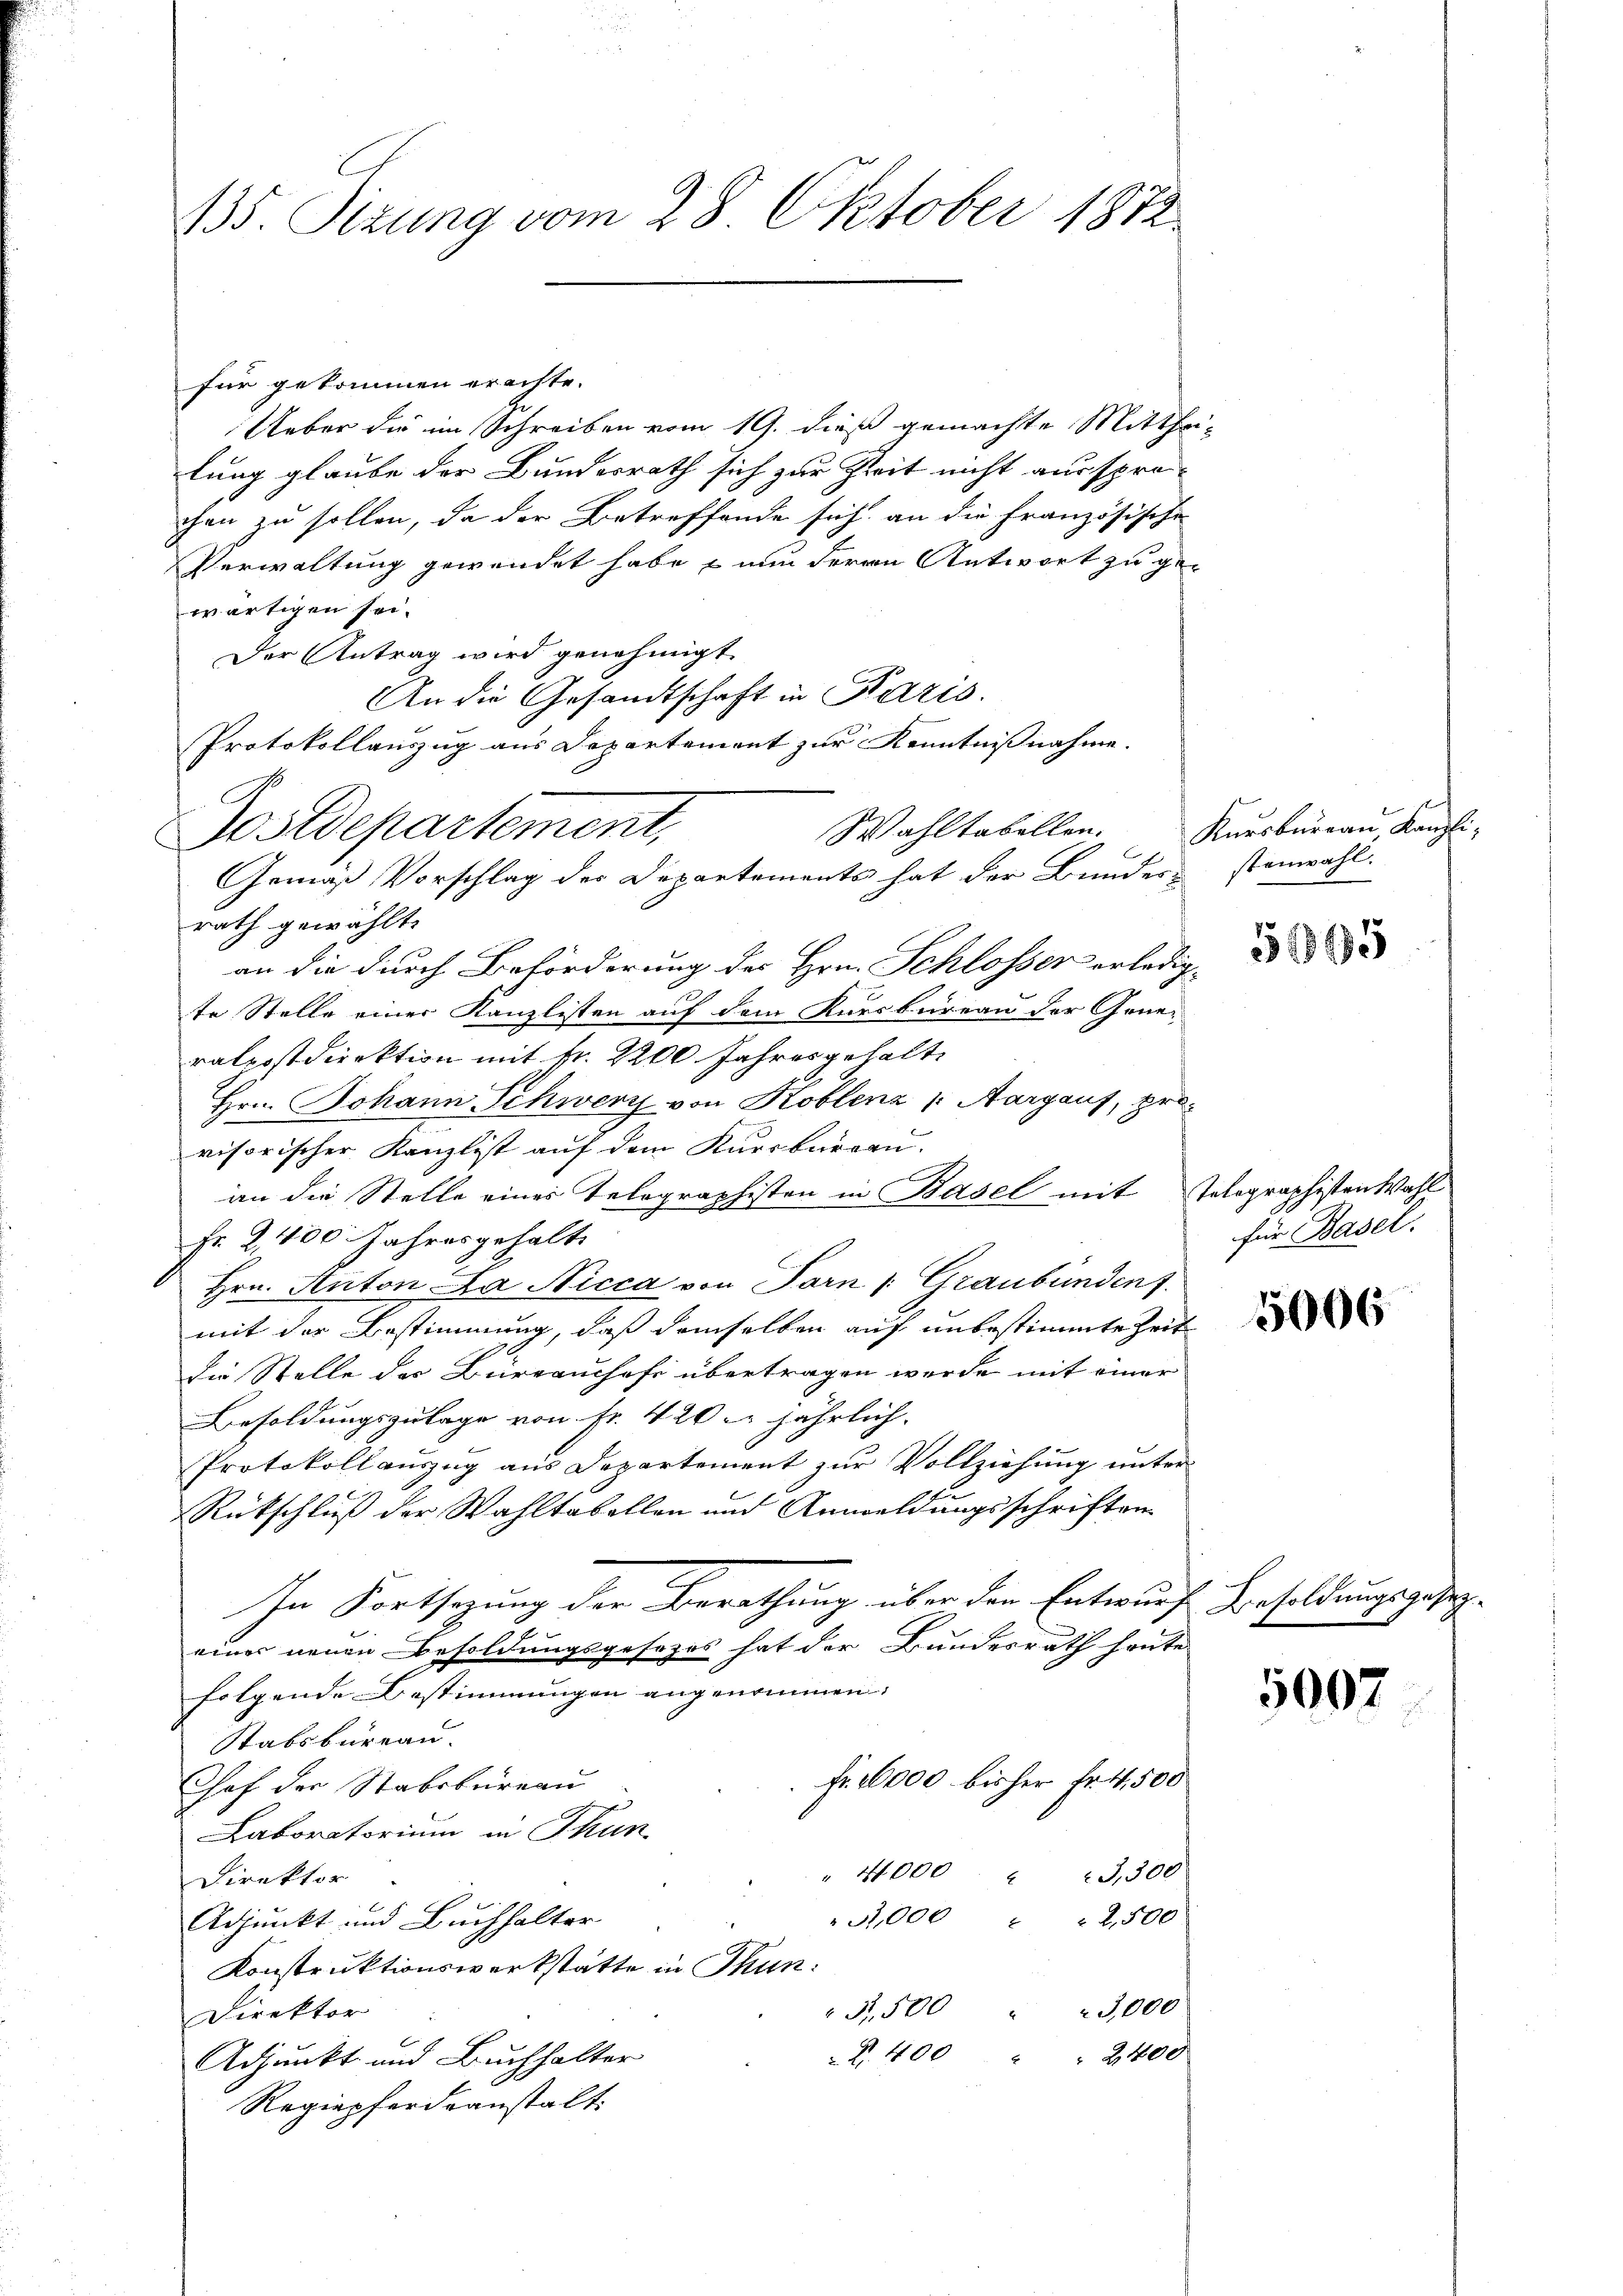
135. Sizung vom 28. Oktober 1872

für gekommen erachte.
Ueber die im Schreiben vom 19. dieß gemachte Mittha
lung glaube der Bundesrath sich zur Zeit nicht aussprechen zu sollen, da der Betreffende sich an die Französische
Verwaltung gewendet habe – nun deren Antwort zu gewärtigen sei.
Der Antrag wird genehmigt
An die Gesandtschaft in Karis.
Protokollauszug aus Departement zur Kenntnißnahme.
Wahltabellen.
rath gewählt.
an die durch Beförderung des Hrn. Schlosser erledigte Stelle einer Kanzlisten auf dem Kursbureau der Generatpostdirektion mit Nr. 2200 Jahres gehalte
Hrn. Johann Schwerz von Koblenz /: Aargaus, provisorischer Kanzlist auf dem Kursbureau.
an die Stelle einer Telegraphisten in Basel mit Telegraphisten Wahl
Fr. 2,400 Jahresgehalte
Hrn. Anton La Nicca von Farn /: Graubünden 7.
mit der Bestimmung, daß demselben auf unbestimmte Zeit
die Stelle des Büreaushofe übertragen werde mit einer
Besoldungszulage von Fr. 420 jährlich.
Protokollauszug aus Departement zur Vollziehung unter¬
Rückschluß der Wahltabellen und Anmeldungsschriften
In Fortsetzung der Berathung über den Entwurf Besoldungsgese
eines neuen Besoldungsgesezes hat der Bundesrath heute.
folgende Bestimmungen angenommen
Stabsbureau.
Fr. 10000 bisher Fr. 4,500
Chof der Stabsbureau
Laboratorium in Thun
" 4000 " 3,300
Direktor
7,000 " " 2,500
Adjunkt und Buchhalter
Konstruktionswerkstätte in Thun.
B,500 " " 3,000
Direktor
Z. 400 " " 2400
Adjunkt und Buchhalter
Regiepferdeanstalt:

Postdepartement,
Gemäß Vorschlag der Departements hat der Bundesstenwahl.

5

Kursbureau, Kanzli-

51395

für Basel.

5006

5007